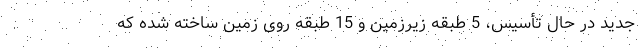
جدید در حال تأسیس، 5 طبقه زیرزمین و 15 طبقه روی زمین ساخته شده که